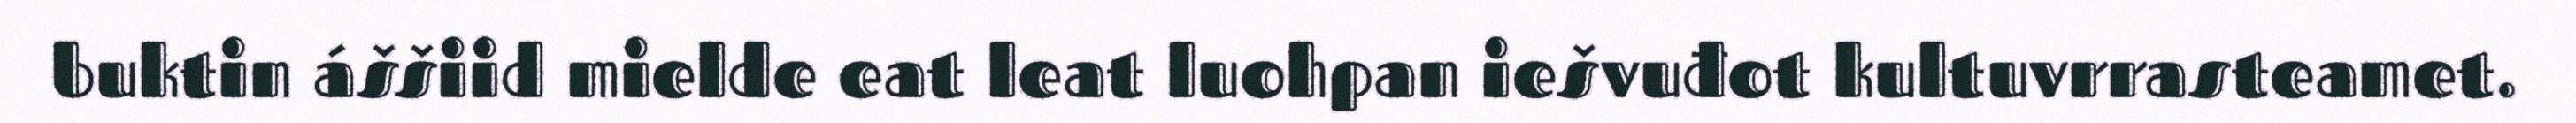
buktin áššiid mielde eat leat luohpan iešvuđot kultuvrrasteamet.